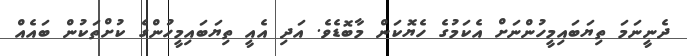
ދެނީނަމަަ ތިޔަބައިމީހުންނަށް އެކަމުގެ ހެޔޮކަން މާބޮޑެވެ. އަދި އެއީ ތިޔަބައިމީހުންގެ ކުށްތަކުން ބައެއް